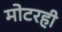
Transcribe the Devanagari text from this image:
मोटरही